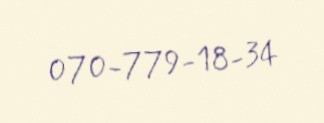
070-779-18-34